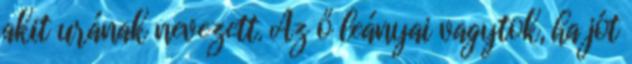
akit urának nevezett. Az ő leányai vagytok, ha jót